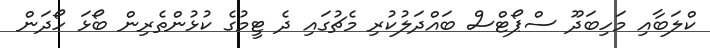
ކްލަބާއި މަހިބަދޫ ސްޕޯޓްސް ބައްދަލުކުރި މެޗުގައި ދެ ޓީމުގެ ކުޅުންތެރިން ބޯޅަ ހޯދަން